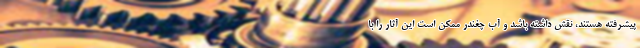
پیشرفته هستند، نقش داشته باشد و آب چغندر ممکن است این آثار را با